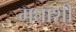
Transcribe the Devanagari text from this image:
मघाशी